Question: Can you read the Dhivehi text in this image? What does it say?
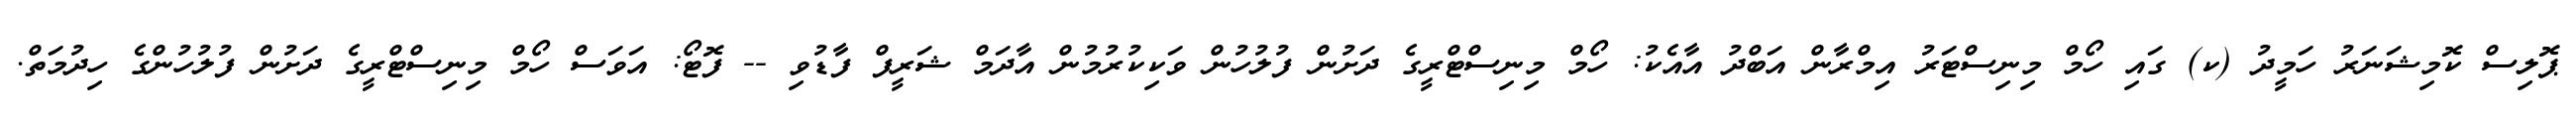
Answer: ޕޮލިސް ކޮމިޝަނަރު ހަމީދު (ކ) ގައި ހޯމް މިނިސްޓަރު އިމްރާން އަބްދު އާއެކު: ހޯމް މިނިސްޓްރީގެ ދަށުން ފުލުހުން ވަކިކުރުމުން އާދަމް ޝަރީފް ފާޑުވި -- ފޮޓޯ: އަވަސް ހޯމް މިނިސްޓްރީގެ ދަށުން ފުލުހުންގެ ހިދުމަތް.